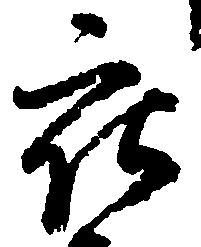
被